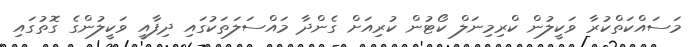
މަސައްކަތްކުރާ ވަކީލުން ކްރިމިނަލް ކޯޓުން ކުރިއަށް ގެންދާ މައްސަލަތަކުގައި ދިފާއީ ވަކީލުންގެ ގޮތުގައި